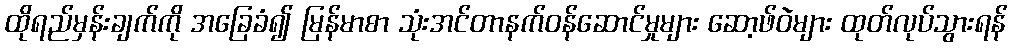
ထိုရည်မှန်းချက်ကို အခြေခံ၍ မြန်မာစာ သုံးအင်တာနက်ဝန်ဆောင်မှုများ ဆော့ဖ်ဝဲများ ထုတ်လုပ်သွားရန်